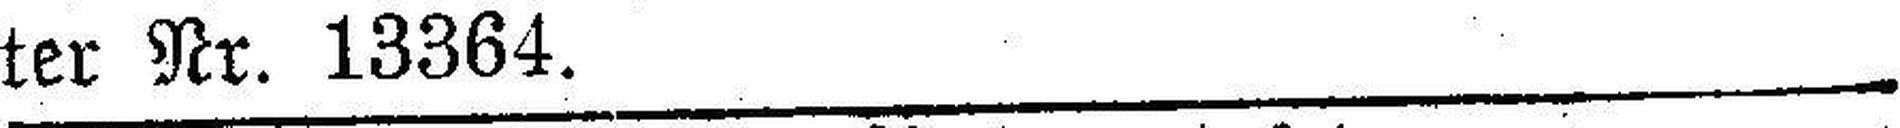
ter Nr. 13364.